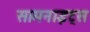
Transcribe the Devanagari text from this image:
सामनाइट्स